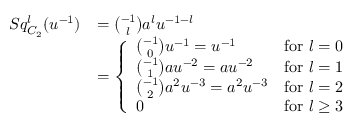
\begin{array} { r l } { S q _ { C _ { 2 } } ^ { l } ( u ^ { - 1 } ) } & { = \binom { - 1 } { l } a ^ { l } u ^ { - 1 - l } } \\ & { = \left\{ \begin{array} { l l } { \binom { - 1 } { 0 } u ^ { - 1 } = u ^ { - 1 } } & { \mathrm { f o r } \ l = 0 } \\ { \binom { - 1 } { 1 } a u ^ { - 2 } = a u ^ { - 2 } } & { \mathrm { f o r } \ l = 1 } \\ { \binom { - 1 } { 2 } a ^ { 2 } u ^ { - 3 } = a ^ { 2 } u ^ { - 3 } } & { \mathrm { f o r } \ l = 2 } \\ { 0 } & { \mathrm { f o r } \ l \geq 3 } \end{array} \right. } \end{array}